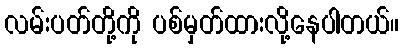
လမ်းပတ်တို့ကို ပစ်မှတ်ထားလို့နေပါတယ်။